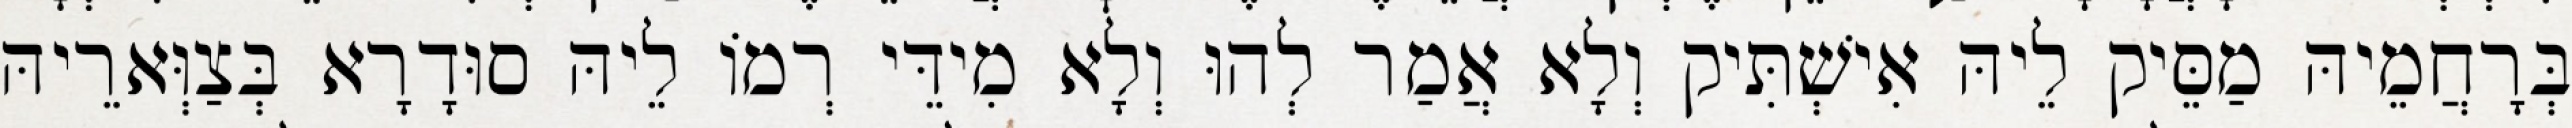
בְּרָחֲמֵיהּ מַסֵּיק לֵיהּ אִישְׁתִּיק וְלָא אֲמַר לְהוּ וְלָא מִידֵּי רְמוֹ לֵיהּ סוּדָרָא בְּצַוְּארֵיהּ